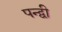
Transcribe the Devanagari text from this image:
पन्द्वी